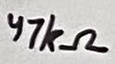
Text: 47kΩ